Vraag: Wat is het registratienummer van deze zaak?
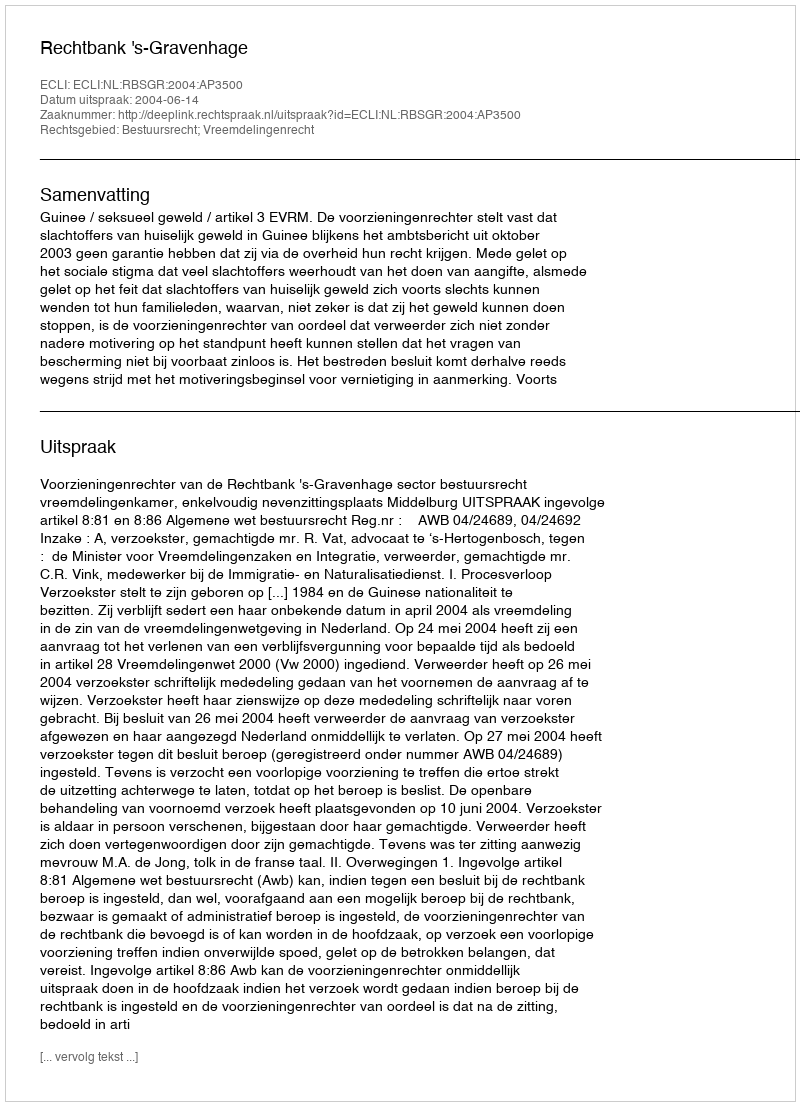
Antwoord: http://deeplink.rechtspraak.nl/uitspraak?id=ECLI:NL:RBSGR:2004:AP3500